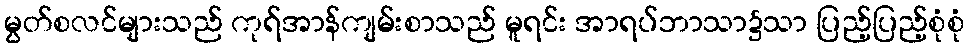
မွတ်စလင်များသည် ကုရ်အာန်ကျမ်းစာသည် မူရင်း အာရပ်ဘာသာ၌သာ ပြည့်ပြည့်စုံစုံ